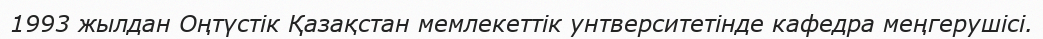
1993 жылдан Оңтүстік Қазақстан мемлекеттік унтверситетінде кафедра меңгерушісі.